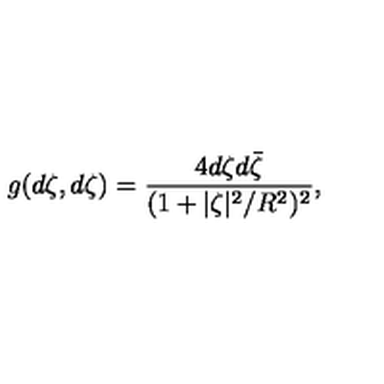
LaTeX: g ( d \zeta , d \zeta ) = \frac { 4 d \zeta d \bar { \zeta } } { ( 1 + | \zeta | ^ { 2 } / R ^ { 2 } ) ^ { 2 } } ,